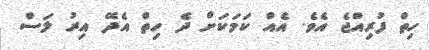
ހިތް ފުރިއްޖެ އެވެ. އެއް ކަމަކަށް ދެ ހިތް އެދޭ އިރު ލަސް